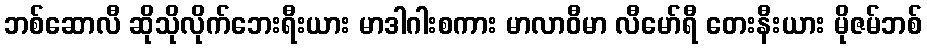
ဘစ်ဆောလီ ဆိုသိုလိုက်ဘေးရီးယား မာဒါဂါးစကား မာလာဝီမာ လီမော်ရီ တေးနီးယား မိုဇမ်ဘစ်